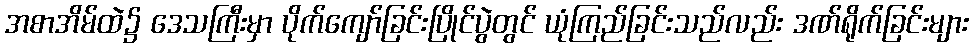
အစာအိမ်ထဲ၌ ဒေသကြီးမှာ ပိုက်ကျော်ခြင်းပြိုင်ပွဲတွင် ယုံကြည်ခြင်းသည်လည်း ဒဏ်ရိုက်ခြင်းများ